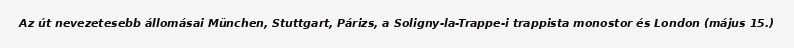
Az út nevezetesebb állomásai München, Stuttgart, Párizs, a Soligny-la-Trappe-i trappista monostor és London (május 15.)